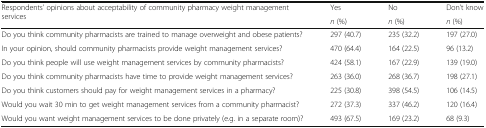
<table><thead><tr><td rowspan="2"><b>Respondents’ opinions about acceptability of community pharmacy weight management services</b></td><td><b>Yes</b></td><td><b>No</b></td><td><b>Don’t know</b></td></tr><tr><td><b><i>n</i> (%)</b></td><td><b><i>n</i> (%)</b></td><td><b><i>n</i> (%)</b></td></tr></thead><tbody><tr><td>Do you think community pharmacists are trained to manage overweight and obese patients?</td><td>297 (40.7)</td><td>235 (32.2)</td><td>197 (27.0)</td></tr><tr><td>In your opinion, should community pharmacists provide weight management services?</td><td>470 (64.4)</td><td>164 (22.5)</td><td>96 (13.2)</td></tr><tr><td>Do you think people will use weight management services by community pharmacists?</td><td>424 (58.1)</td><td>167 (22.9)</td><td>139 (19.0)</td></tr><tr><td>Do you think community pharmacists have time to provide weight management services?</td><td>263 (36.0)</td><td>268 (36.7)</td><td>198 (27.1)</td></tr><tr><td>Do you think customers should pay for weight management services in a pharmacy?</td><td>225 (30.8)</td><td>398 (54.5)</td><td>106 (14.5)</td></tr><tr><td>Would you wait 30 min to get weight management services from a community pharmacist?</td><td>272 (37.3)</td><td>337 (46.2)</td><td>120 (16.4)</td></tr><tr><td>Would you want weight management services to be done privately (e.g. in a separate room)?</td><td>493 (67.5)</td><td>169 (23.2)</td><td>68 (9.3)</td></tr></tbody></table>